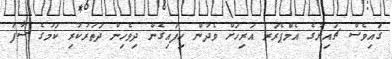
ގައިވެސް ޗައިނާގެ އެމްޕެރަރ އަރިހަށް ވެދުން ހިފައިގެން ދިވެހިން ދަތުރުކުރި ކަމުގެ ސާފު